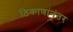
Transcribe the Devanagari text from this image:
ठिकाणांनंतर